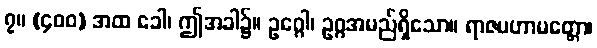
၇။ (၄၀၀) အထ ခေါ၊ ဤအခါ၌။ ဥဂ္ဂေါ၊ ဥဂ္ဂအမည်ရှိသော။ ရာဇမဟာမတ္တော၊